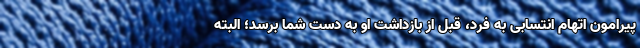
پیرامون اتهام انتسابی به فرد، قبل از بازداشت او به دست شما برسد؛ البته